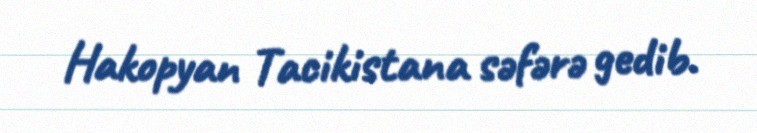
Hakopyan Tacikistana səfərə gedib.